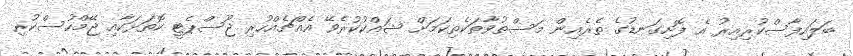
ބަލައިފާސްކުރިއިރު އެ ފޮށިގަނޑުގެ ތެރެއިން މަސްތުވާތަކެތިކަމަށް ޝައްކުކުރެވޭ އެއްޗެއްހުރި ޖޫސްޕެޓީ ކޮތަޅަކާއި ޖޭމްހުސްކުރި